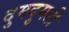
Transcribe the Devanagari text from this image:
दुमदुमली